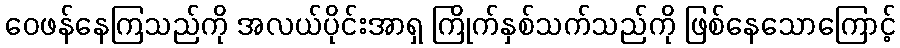
ဝေဖန်နေကြသည်ကို အလယ်ပိုင်းအာရှ ကြိုက်နှစ်သက်သည်ကို ဖြစ်နေသောကြောင့်